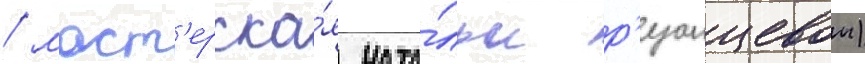
/ маст'ерска́я ната́льи р'язанцевои)